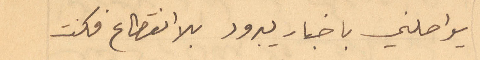
يواصلني باخبار يبرود بلا انقطاع فكنت